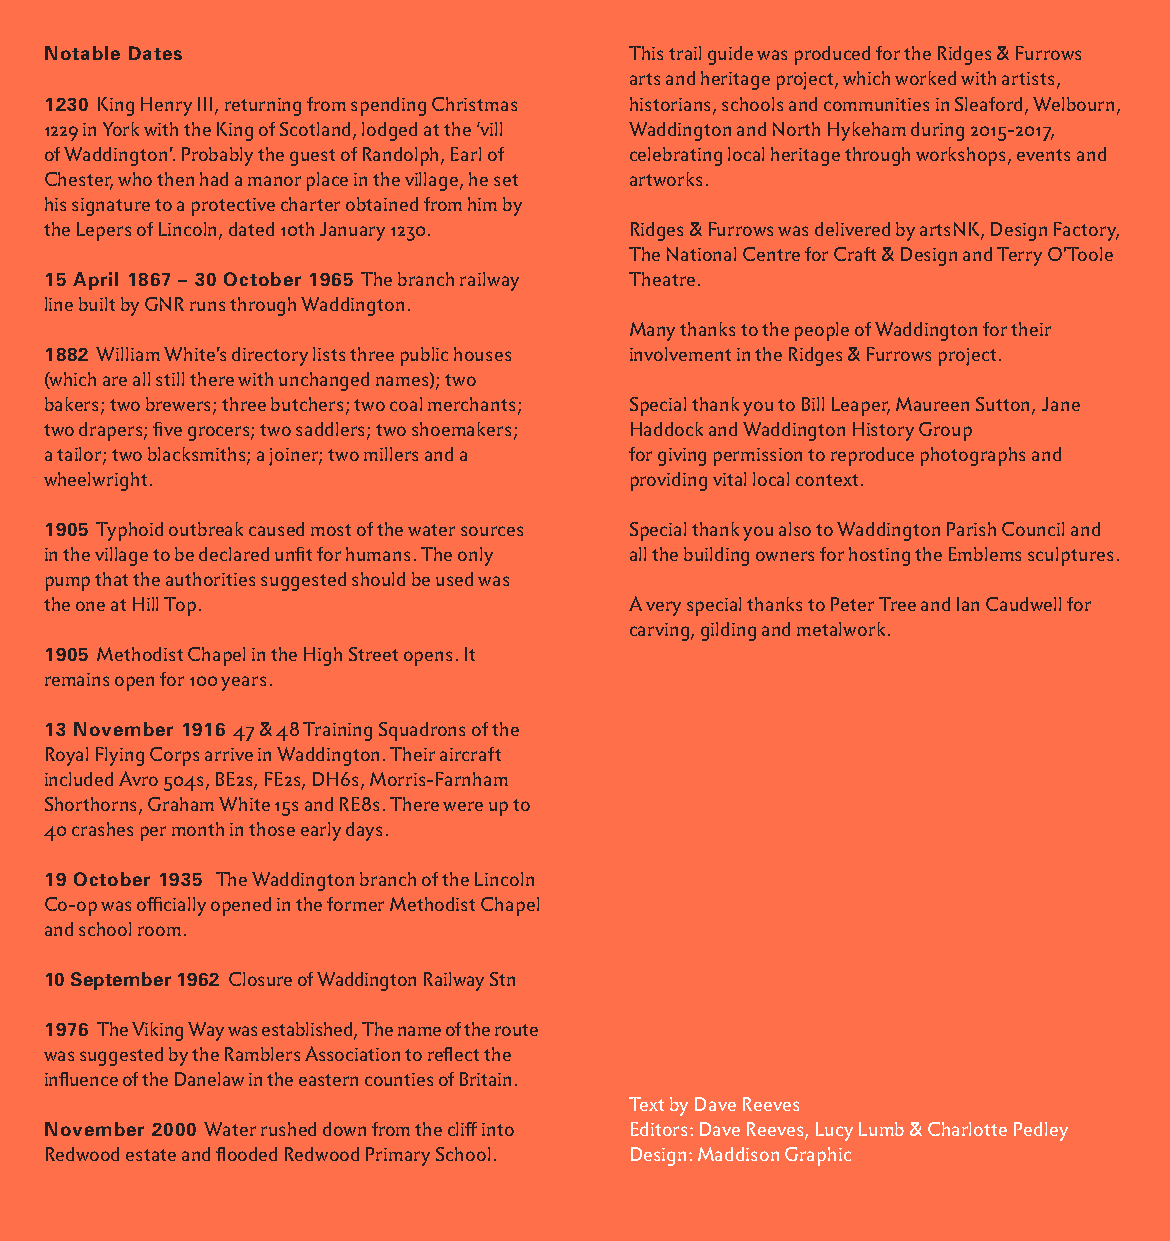
Notable Dates                          This trail guide was produced for the Ridges & Furrows
 arts and heritage project, which worked with artists,
 1230 King Henry III, returning from spending Christmas historians, schools and communities in Sleaford, Welbourn,
 1229 in York with the King of Scotland, lodged at the ‘vill Waddington and North Hykeham during 2015-2017,
 of Waddington’. Probably the guest of Randolph, Earl of celebrating local heritage through workshops, events and
 Chester, who then had a manor place in the village, he set artworks.
 his signature to a protective charter obtained from him by
 the Lepers of Lincoln, dated 10th January 1230. Ridges & Furrows was delivered by artsNK, Design Factory,
 The National Centre for Craft & Design and Terry O’Toole
 15 April 1867 – 30 October 1965 The branch railway Theatre.
 line built by GNR runs through Waddington.
 Many thanks to the people of Waddington for their
 1882 William White’s directory lists three public houses involvement in the Ridges & Furrows project.
 (which are all still there with unchanged names); two
 bakers; two brewers; three butchers; two coal merchants; Special thank you to Bill Leaper, Maureen Sutton, Jane
 two drapers; five grocers; two saddlers; two shoemakers; Haddock and Waddington History Group
 a tailor; two blacksmiths; a joiner; two millers and a for giving permission to reproduce photographs and
 wheelwright.                           providing vital local context.
 1905 Typhoid outbreak caused most of the water sources Special thank you also to Waddington Parish Council and
 in the village to be declared unfit for humans. The only all the building owners for hosting the Emblems sculptures.
 pump that the authorities suggested should be used was
 the one at Hill Top.                   A very special thanks to Peter Tree and Ian Caudwell for
 carving, gilding and metalwork.
 1905 Methodist Chapel in the High Street opens. It
 remains open for 100 years.
 13 November 1916 47 & 48 Training Squadrons of the
 Royal Flying Corps arrive in Waddington. Their aircraft
 included Avro 504s, BE2s, FE2s, DH6s, Morris-Farnham
 Shorthorns, Graham White 15s and RE8s. There were up to
 40 crashes per month in those early days.
 19 October 1935 The Waddington branch of the Lincoln
 Co-op was officially opened in the former Methodist Chapel
 and school room.
 10 September 1962 Closure of Waddington Railway Stn
 1976 The Viking Way was established, The name of the route
 was suggested by the Ramblers Association to reflect the
 influence of the Danelaw in the eastern counties of Britain.
 Text by Dave Reeves
 November 2000 Water rushed down from the cliff into Editors: Dave Reeves, Lucy Lumb & Charlotte Pedley
 Redwood estate and flooded Redwood Primary School. Design: Maddison Graphic
 44                                                                      45